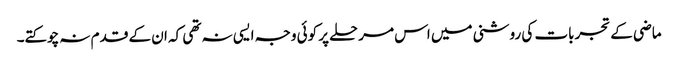
ماضی کے تجربات کی روشنی میں اس مرحلے پر کوئی وجہ ایسی نہ تھی کہ ان کے قدم نہ چوکتے۔